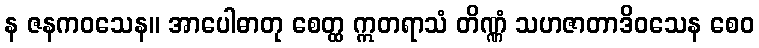
န ဇနကဝသေန။ အာပေါဓာတု စေတ္ထ ဣတရာသံ တိဏ္ဏံ သဟဇာတာဒိဝသေန စေဝ